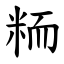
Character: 粫